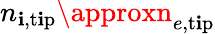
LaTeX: n_{\mathbf{i},\mathrm{{t\mathbf{i}p}}}\approxn_{e,\mathrm{{t\mathbf{i}p}}}